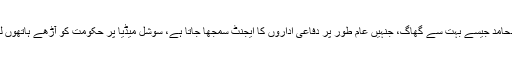
درحقیقت زیدحامد جیسے بہت سے گھاگ، جنہیں عام طور پر دفاعی اداروں کا ایجنٹ سمجھا جاتا ہے، سوشل میڈیا پر حکومت کو آڑھے ہاتھوں لے رہے ہیں۔